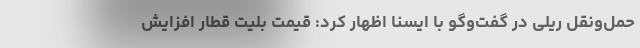
حمل‌ونقل ریلی در گفت‌وگو با ایسنا اظهار کرد: قیمت بلیت قطار افزایش